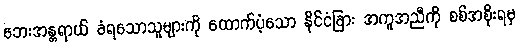
ဘေးအန္တရာယ် ခံရသောသူများကို ထောက်ပံ့သော နိုင်ငံခြား အကူအညီကို စစ်အစိုးရမှ